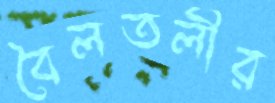
বৈলতলীর